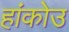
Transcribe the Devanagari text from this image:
हांकोउ